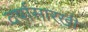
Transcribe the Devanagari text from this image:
वर्षासारखी